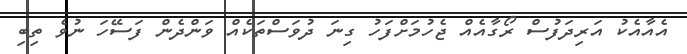
އެއާއެކު އަރިދަފުސް ރޯގާއެއް ޖެހުމަށްފަހު ގިނަ ދުވަސްތަކެއް ވަންދެން ފަސޭހަ ނުވެ ތިބި